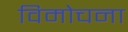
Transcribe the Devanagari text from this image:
विमोचना